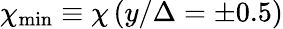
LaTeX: \chi_{\operatorname*{min}}\equiv\chi\left(y/\Delta=\pm 0.5\right)